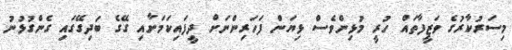
މިސަރުކާރުގެ ވަޒީފާތައް ހުރީ މުޅިންވެސް ޅިޔަން ފަހަރިންނަށް ދީފައިކަމަށާއި ގޭގެ ބަދިގޭގައި ގެންގުޅުނު